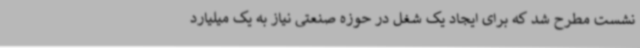
نشست مطرح شد که برای ایجاد یک شغل در حوزه صنعتی نیاز به یک میلیارد